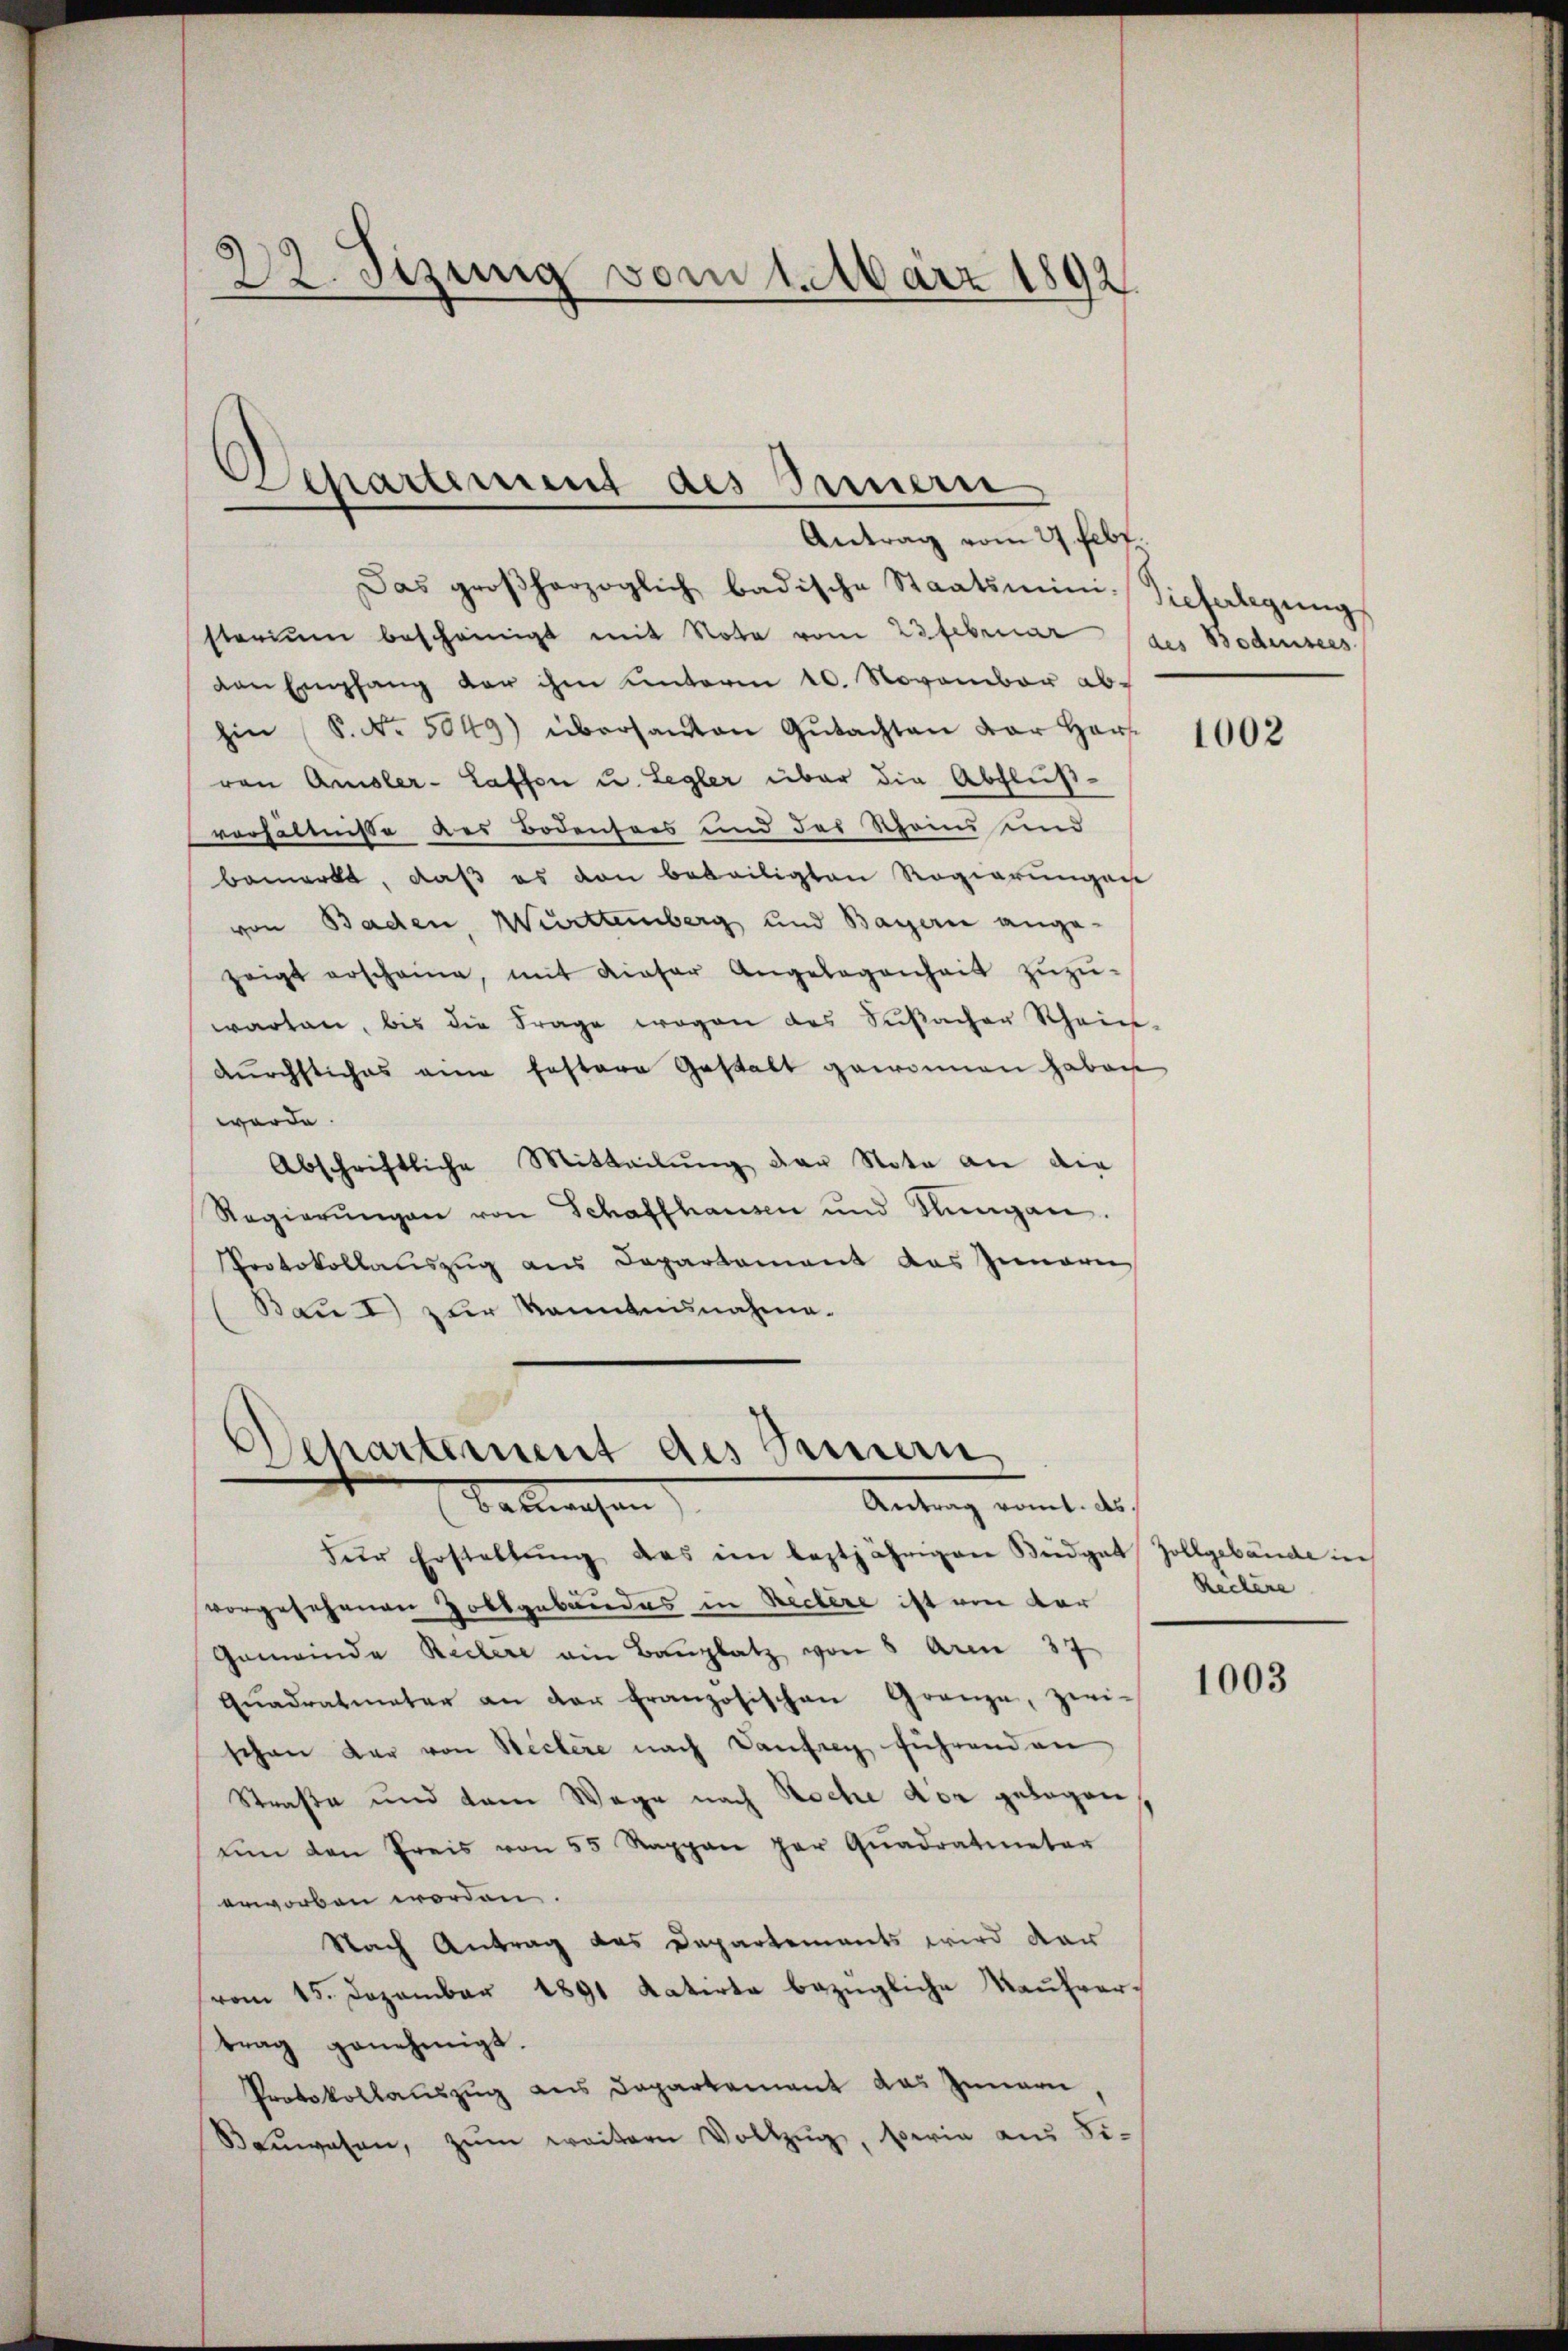
23. Jizung vom 1. März 1892.

Departement des Innern
Antrag vom 27. Febr.

Das großherzoglich badische Staatsmini Sicherlegŭng
starium bescheinigt mit Note vom 23. Februar des Bodensees
van Empfang der ihm unterm 10. November abhin (S. Nr. 5049) übersanten Gŭtachten der Har
von Amsler-Laffen u. Legler über die Abfluß-
verhältnisse des Bodensees und des Schen und
bemerkt, daß es von beteiligten Regierungen
von Baden, Württemberg und Bayerie ange-
zeigt erscheine, mit dieser Angelegenheit zŭzŭ-
warten, bis die Frage wegen des Susacher Schein-
durchstiches eine festere Gestalt gewonnen haben
werde.
Abschriftliche Mitteilung der Nota an die
Regierŭngen von Schaffhausen und Lungen.
Protokollauszug aus Departement das Zimern
Bau I zur kanntnisnahme¬

)
Departement des Innern
Tallwesen
Antrag romt. ds.

für Erstellŭng des im leztjährigen Beidgat Zollgebäude in
vorgesehenen Zollgebäudes in Rectère ist von der
Gemeinde Reclere ain Bauplatz von 5 Aren 37
Quadratmeter an der Französischen Gränze, zwischon der von Sectere nach Danfrag führenden
Straße und dem Wege nach Roche der gelegen
ŭm den Preis von 55 Rappen per Qŭadratmetar
erworben worden.
Nach Antrag das Departements wird dar
(vom 15. Dezember 1891 Katirte bezügliche Kaufvertrag genehmigt.
Protokollauszug aus Departement das Innern,
Beŭwesen, zŭm weitern Vollzŭg, berin aus Si¬

1002

Reckere

1003